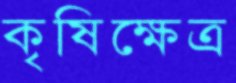
কৃষিক্ষেত্র